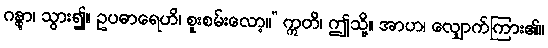
ဂန္တွာ၊ သွား၍။ ဥပဓာရေဟိ၊ စူးစမ်းလော့။” ဣတိ၊ ဤသို့။ အာဟ၊ လျှောက်ကြား၏။